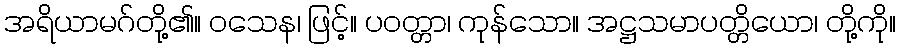
အရိယာမဂ်တို့၏။ ဝသေန၊ ဖြင့်။ ပဝတ္တာ၊ ကုန်သော။ အဋ္ဌသမာပတ္တိယော၊ တို့ကို။